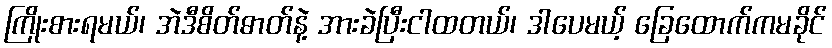
ကြိုးစားရမယ်၊ အဲဒီစိတ်ဓာတ်နဲ့ အားခဲပြီးငါထတယ်၊ ဒါပေမယ့် ခြေထောက်ကမခိုင်